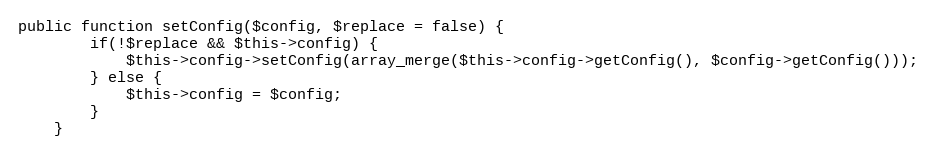
Language: PHP
public function setConfig($config, $replace = false) {
        if(!$replace && $this->config) {
            $this->config->setConfig(array_merge($this->config->getConfig(), $config->getConfig()));
        } else {
            $this->config = $config;
        }
    }